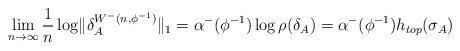
LaTeX: \begin{align*}\lim_{n \to \infty} \frac{1}{n} \log \lVert \delta_{A}^{W^{-}(n,\phi^{-1})}\rVert _{1} = \alpha^{-}(\phi^{-1}) \log \rho(\delta_{A}) = \alpha^{-}(\phi^{-1})h_{top}(\sigma_{A})\end{align*}